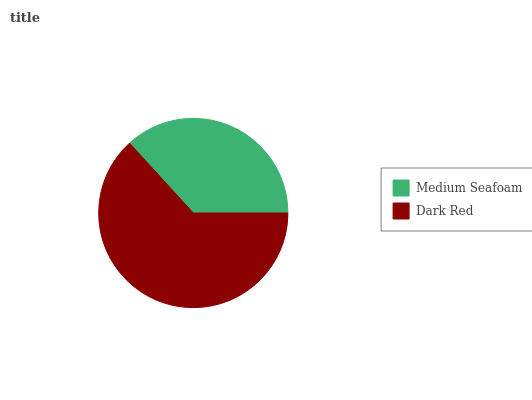
| Medium Seafoam | Dark Red |
 | --- | --- |
 | 36.8% | 63.2% |